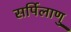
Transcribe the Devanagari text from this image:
सर्पिलाणु